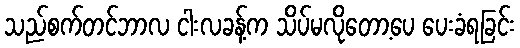
သည်စက်တင်ဘာလ ငါးလခန့်က သိပ်မလိုတော့ပေ ပေးခံရခြင်း